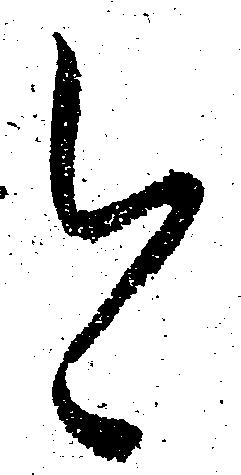
今